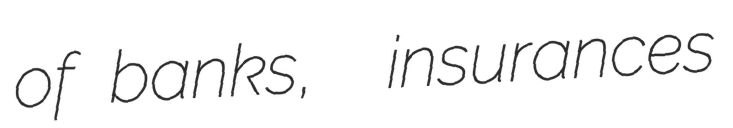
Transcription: of banks,  insurances